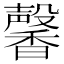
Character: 馨